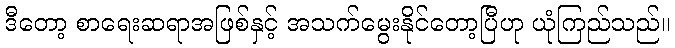
ဒီတော့ စာရေးဆရာအဖြစ်နှင့် အသက်မွေးနိုင်တော့ပြီဟု ယုံကြည်သည်။